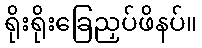
ရိုးရိုးခြေညှပ်ဖိနပ်။